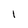
Character: l